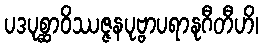
ပဒပုစ္ဆာဝိဿဇ္ဇနပုဗ္ဗာပရာနုဂီတီဟိ၊